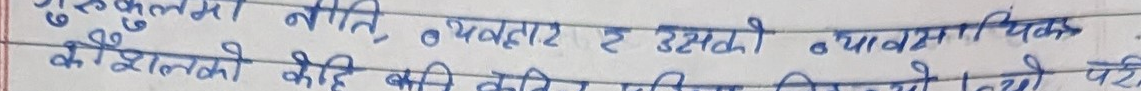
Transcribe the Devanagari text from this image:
गुरुकुलमा नीति, व्यवहार र उसको व्यावहारिक
कौशलको वृद्धि गरिदिनु परेको थियो।